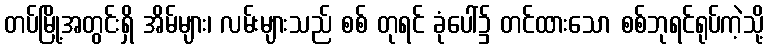
တပ်မြို့အတွင်းရှိ အိမ်များ၊ လမ်းများသည် စစ် တုရင် ခုံပေါ်၌ တင်ထားသော စစ်ဘုရင်ရုပ်ကဲ့သို့